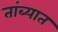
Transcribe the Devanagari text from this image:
तांब्यात